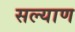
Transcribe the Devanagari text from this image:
सल्याण